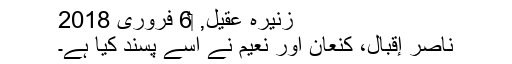
زنیرہ عقیل, ‏6 فروری 2018
ناصر إقبال، کنعان اور نعیم نے اسے پسند کیا ہے۔